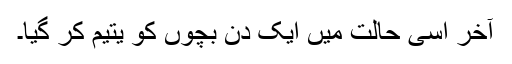
آخر اسی حالت میں ایک دن بچوں کو یتیم کر گیا۔